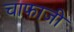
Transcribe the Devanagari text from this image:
चाफाजी